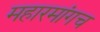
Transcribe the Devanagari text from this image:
महारमांगच